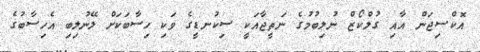
އޮކްސިޖަން އާއި ގުލްކޯޒް ނުލިބުމުގެ ނަތީޖާއަކީ ސިކުނޑީގެ ވަކި ހިސާބަކަށް ލޭނުލިބި އެހިސާބުގެ